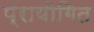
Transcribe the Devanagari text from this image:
प्रायोगित